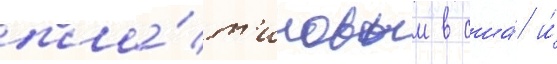
пла́т'иновым в сша́ и́